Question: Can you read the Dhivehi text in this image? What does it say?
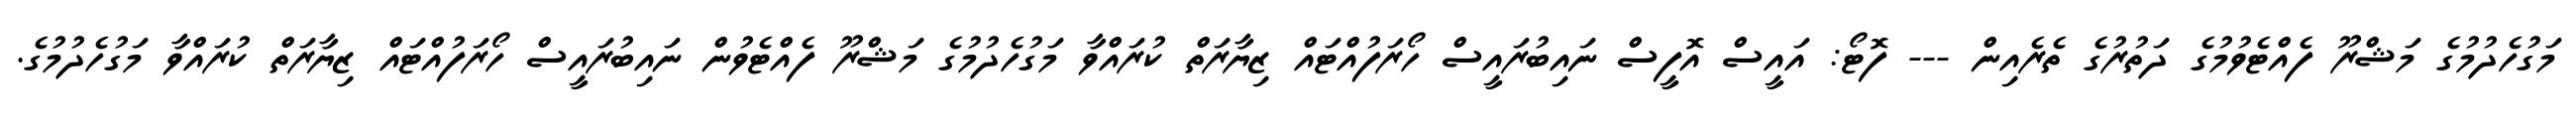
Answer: މަގުހެދުމުގެ މަޝްރޫ ފެއްޓެވުމުގެ ދަތުރުގެ ތެރެއިން --- ފޮޓޯ: އައީސް އޮފީސް ނައިބުރައީސް ހޯރަފުއްޓައް ޒިޔާރަތް ކުރައްވާ މަގުހެދުމުގެ މަޝްރޫ ފެއްޓެވުން ނައިބުރައީސް ހޯރަފުއްޓައް ޒިޔާރަތް ކުރައްވާ މަގުހެދުމުގެ.